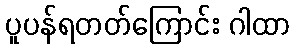
ပူပန်ရတတ်ကြောင်း ဂါထာ